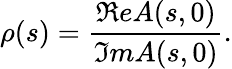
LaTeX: \rho(s)={\frac{\Re eA(s,0)}{\Im mA(s,0)}}.